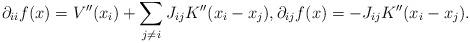
LaTeX: \begin{align*}\partial_{ii}f(x) &= V''(x_i) + \sum_{j \neq i} J_{ij}K''(x_i-x_j), \partial_{ij}f(x) = -J_{ij}K''(x_i-x_j).\end{align*}